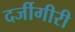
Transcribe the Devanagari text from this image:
दर्जीगीरी